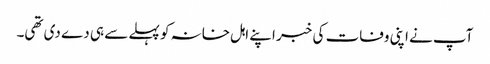
آپ نے اپنی وفات کی خبر اپنے اہل خانہ کو پہلے سے ہی دے دی تھی۔